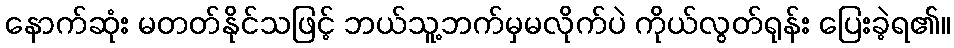
နောက်ဆုံး မတတ်နိုင်သဖြင့် ဘယ်သူ့ဘက်မှမလိုက်ပဲ ကိုယ်လွတ်ရုန်း ပြေးခဲ့ရ၏။